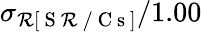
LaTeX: \sigma_{\mathcal{R}[\mathrm{{~S~\mathcal{R}~/~C~s~}}]}/1.00